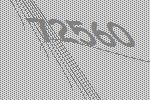
72560